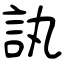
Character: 訙